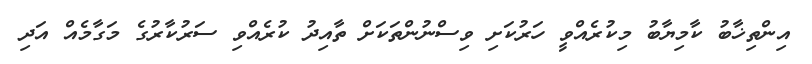
އިންތިޚާބު ކާމިޔާބު މިކުރެއްވީ ހަރުކަށި ވިސްނުންތަކަށް ތާއިދު ކުރެއްވި ސަރުކާރުގެ މަގާމެއް އަދި